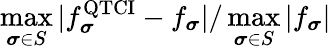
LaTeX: \operatorname*{max}_{{\boldsymbol{\sigma}}\in S}|f_{\boldsymbol{\sigma}}^{\mathrm{QTCI}}-f_{\boldsymbol{\sigma}}|/\operatorname*{max}_{{\boldsymbol{\sigma}}\in S}|f_{\boldsymbol{\sigma}}|